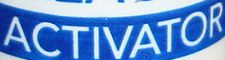
ACTIVATOR